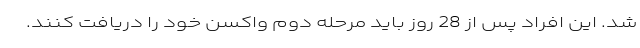
شد. این افراد پس از 28 روز باید مرحله دوم واکسن خود را دریافت کنند.